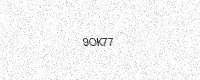
Text: 9OK77